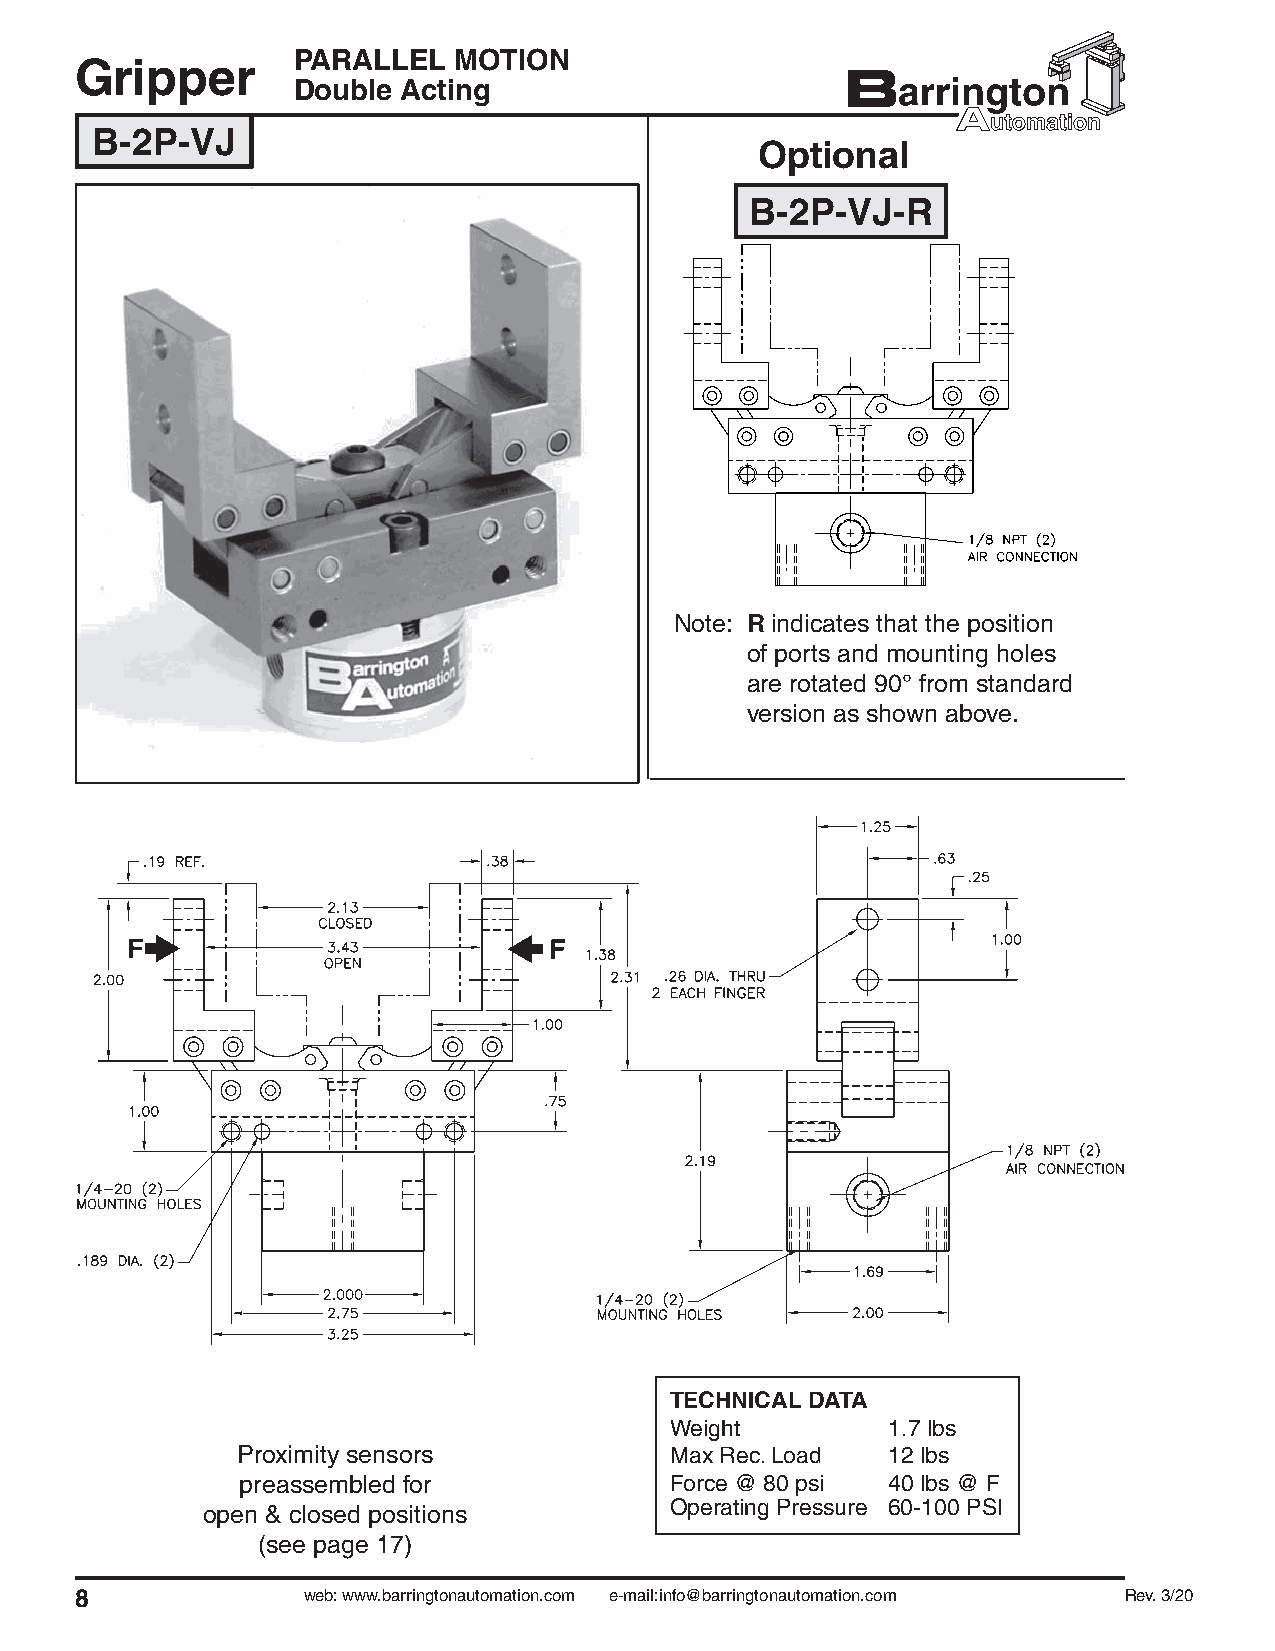
PARALLEL   MOTION
 Gripper
 Double  Acting
 B-2P-VJ
 Optional
 B-2P-VJ-R
 Note: R indicates that the position
 of ports and mounting holes
 are rotated 90° from standard
 version as shown above.
 TECHNICAL DATA
 Weight         1.7 lbs
 Proximity sensors           Max Rec. Load  12 lbs
 preassembled for            Force @ 80 psi 40 lbs @ F
 open & closed positions        Operating Pressure 60-100 PSI
 (see page 17)
 8              web: www.barringtonautomation.com e-mail:info@barringtonautomation.com Rev. 3/20